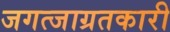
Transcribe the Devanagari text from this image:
जगत्जाग्रतकारी